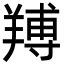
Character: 䍸